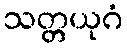
သတ္တယုဂံ